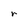
Character: r